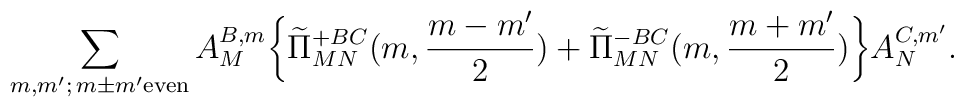
\sum_{m,m';\,m\pm m'{\rm even}}A_M^{B,m}\biggl\{	\widetilde\Pi_{MN}^{+BC}(m,\frac{m-m'}{2})+	\widetilde\Pi_{MN}^{-BC}(m,\frac{m+m'}{2})	\biggr\}A_N^{C,m'}.